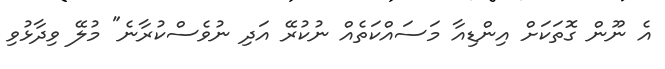
އެ ނޫން ގޮތަކަށް އިންޑިއާ މަސައްކަތެއް ނުކުރޭ އަދި ނުވެސްކުރާނެ" މުލޭ ވިދާޅުވި